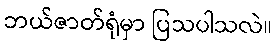
ဘယ်ဇာတ်ရုံမှာ ပြသပါသလဲ။